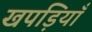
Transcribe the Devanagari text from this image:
खपड़ियाँ